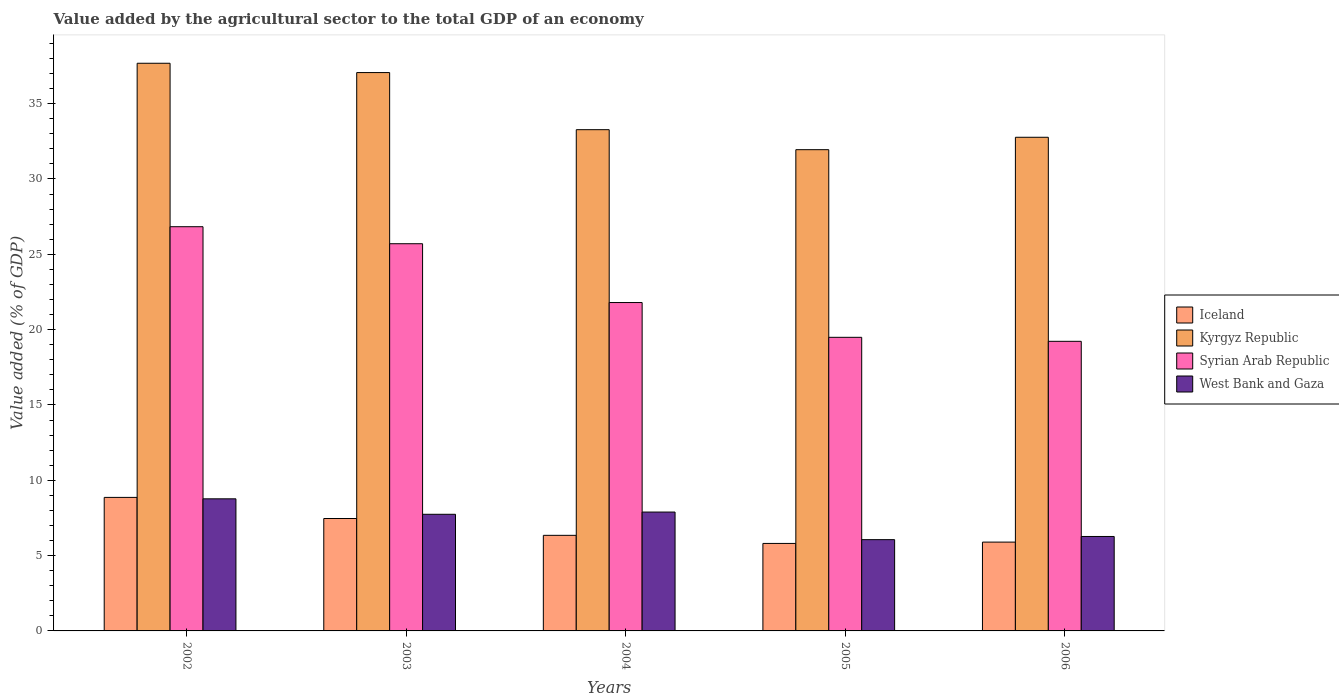
| Years | Iceland | Kyrgyz Republic | Syrian Arab Republic | West Bank and Gaza |
 | --- | --- | --- | --- | --- |
 | 2002 | 8.86 | 37.7 | 26.8 | 8.77 |
 | 2003 | 7.46 | 37.1 | 25.7 | 7.74 |
 | 2004 | 6.35 | 33.3 | 21.8 | 7.89 |
 | 2005 | 5.81 | 31.9 | 19.5 | 6.06 |
 | 2006 | 5.9 | 32.8 | 19.2 | 6.27 |